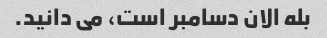
بله الان دسامبر است، می دانید.